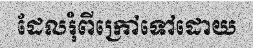
ដែលរុំពីក្រៅទៅដោយ